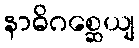
နာဓိဂစ္ဆေယျ